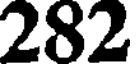
282